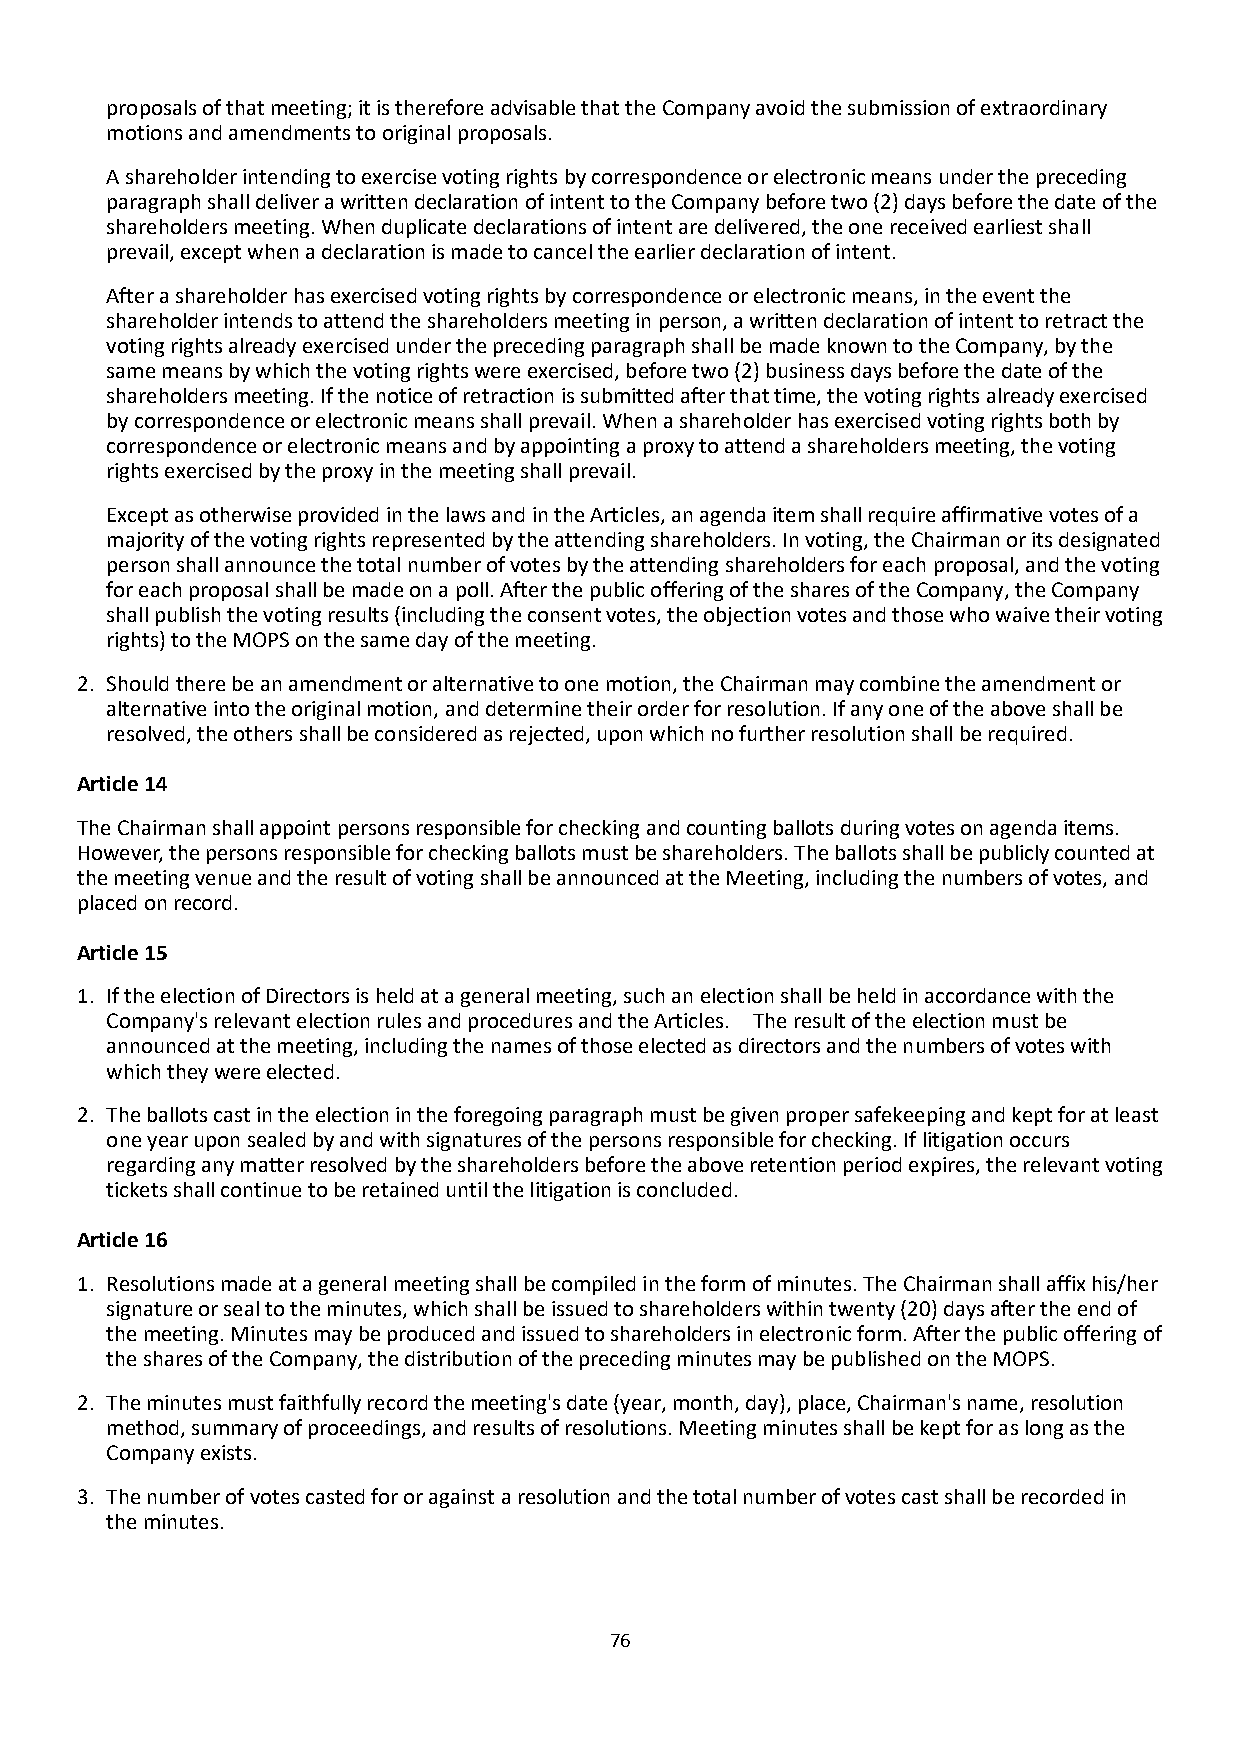
proposals of that meeting; it is therefore advisable that the Company avoid the submission of extraordinary
 motions and amendments to original proposals.
 A shareholder intending to exercise voting rights by correspondence or electronic means under the preceding
 paragraph shall deliver a written declaration of intent to the Company before two (2) days before the date of the
 shareholders meeting. When duplicate declarations of intent are delivered, the one received earliest shall
 prevail, except when a declaration is made to cancel the earlier declaration of intent.
 After a shareholder has exercised voting rights by correspondence or electronic means, in the event the
 shareholder intends to attend the shareholders meeting in person, a written declaration of intent to retract the
 voting rights already exercised under the preceding paragraph shall be made known to the Company, by the
 same means by which the voting rights were exercised, before two (2) business days before the date of the
 shareholders meeting. If the notice of retraction is submitted after that time, the voting rights already exercised
 by correspondence or electronic means shall prevail. When a shareholder has exercised voting rights both by
 correspondence or electronic means and by appointing a proxy to attend a shareholders meeting, the voting
 rights exercised by the proxy in the meeting shall prevail.
 Except as otherwise provided in the laws and in the Articles, an agenda item shall require affirmative votes of a
 majority of the voting rights represented by the attending shareholders. In voting, the Chairman or its designated
 person shall announce the total number of votes by the attending shareholders for each proposal, and the voting
 for each proposal shall be made on a poll. After the public offering of the shares of the Company, the Company
 shall publish the voting results (including the consent votes, the objection votes and those who waive their voting
 rights) to the MOPS on the same day of the meeting.
 2. Should there be an amendment or alternative to one motion, the Chairman may combine the amendment or
 alternative into the original motion, and determine their order for resolution. If any one of the above shall be
 resolved, the others shall be considered as rejected, upon which no further resolution shall be required.
 Article 14
 The Chairman shall appoint persons responsible for checking and counting ballots during votes on agenda items.
 However, the persons responsible for checking ballots must be shareholders. The ballots shall be publicly counted at
 the meeting venue and the result of voting shall be announced at the Meeting, including the numbers of votes, and
 placed on record.
 Article 15
 1. If the election of Directors is held at a general meeting, such an election shall be held in accordance with the
 Company's relevant election rules and procedures and the Articles. The result of the election must be
 announced at the meeting, including the names of those elected as directors and the numbers of votes with
 which they were elected.
 2. The ballots cast in the election in the foregoing paragraph must be given proper safekeeping and kept for at least
 one year upon sealed by and with signatures of the persons responsible for checking. If litigation occurs
 regarding any matter resolved by the shareholders before the above retention period expires, the relevant voting
 tickets shall continue to be retained until the litigation is concluded.
 Article 16
 1. Resolutions made at a general meeting shall be compiled in the form of minutes. The Chairman shall affix his/her
 signature or seal to the minutes, which shall be issued to shareholders within twenty (20) days after the end of
 the meeting. Minutes may be produced and issued to shareholders in electronic form. After the public offering of
 the shares of the Company, the distribution of the preceding minutes may be published on the MOPS.
 2. The minutes must faithfully record the meeting's date (year, month, day), place, Chairman's name, resolution
 method, summary of proceedings, and results of resolutions. Meeting minutes shall be kept for as long as the
 Company exists.
 3. The number of votes casted for or against a resolution and the total number of votes cast shall be recorded in
 the minutes.
 76